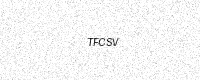
Text: TFCSV